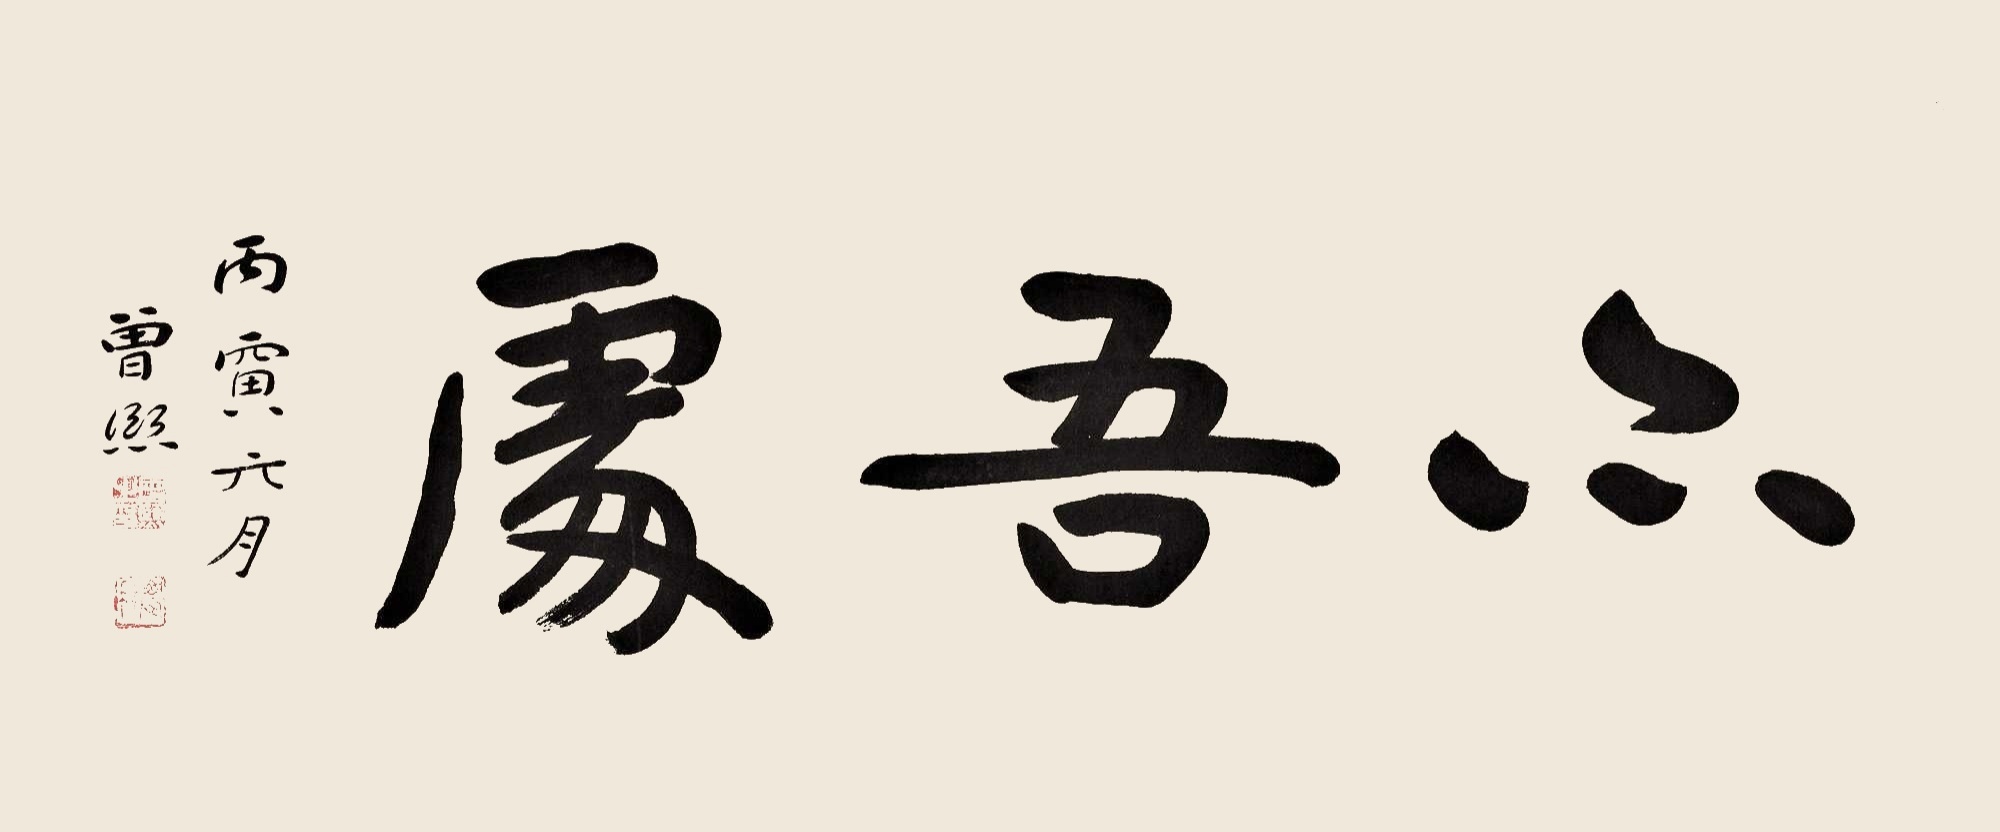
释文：亦吾处丙寅年，曾熙。